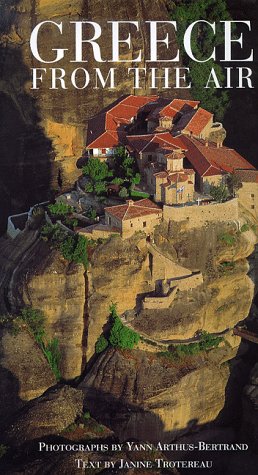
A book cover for Greece From the Air; Janine Trotereau; Arts & Photography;